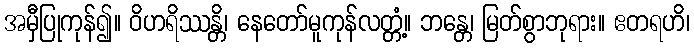
အမှီပြုကုန်၍။ ဝိဟရိဿန္တိ၊ နေတော်မူကုန်လတ္တံ့။ ဘန္တေ၊ မြတ်စွာဘုရား။ ဧတရဟိ၊